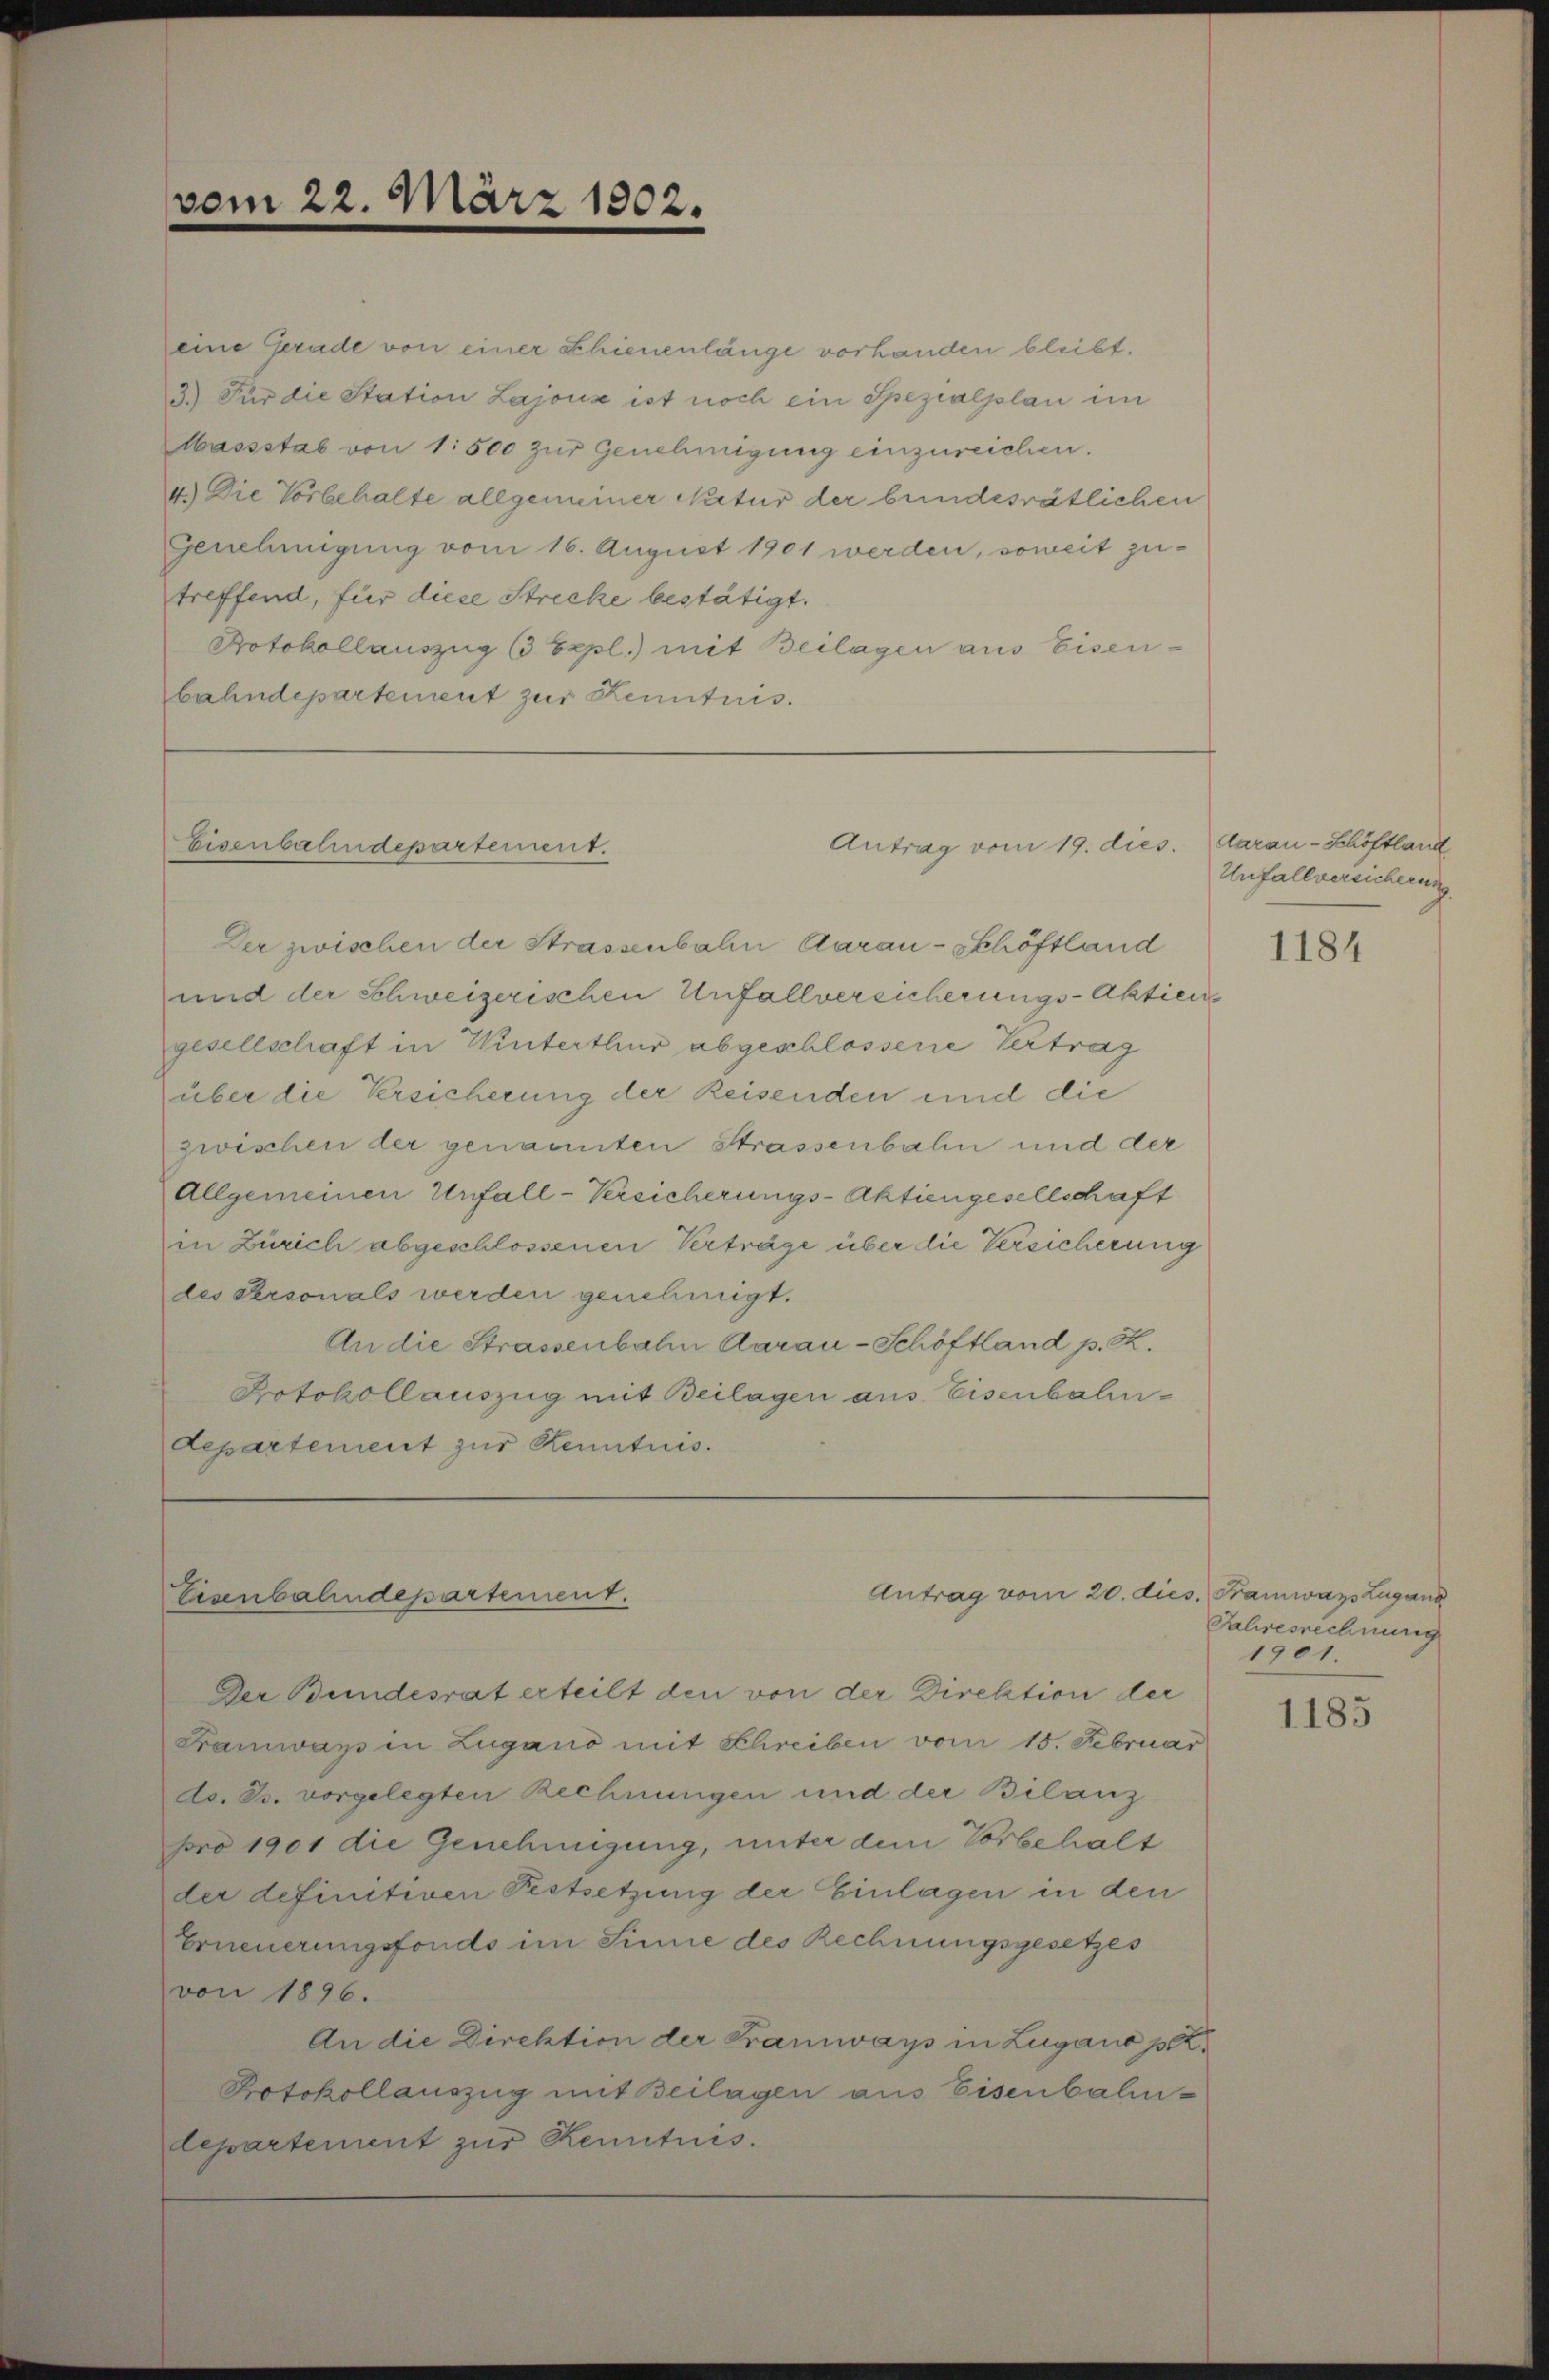
vom 22. März 1802.

eine Gerade von einer Schienenlänge vorhanden bleibt.
3.) Für die Station Lajouse ist noch ein Spezialplan im
Massstab von 1500 zur Genehmigung einzureichen.
4.) Die Vorbehalte allgemeiner Natur der bundesrätlichen
Genehmigung vom 16. August 1901 werden, soweit zutreffend, für diese Strecke bestätigt.
Protokollauszug (3 Expl.) mit Beilagen aus Eisenbahndepartement zur Kenntnis.

Eisenbahndepartement.

Der zwischen der Strassenbahn Aarau-Schöftland
und der Schweizerischen Unfallversicherungs-Aktien
gesellschaft in Winterthur abgeschlossene Vertrag
über die Versicherung der Reisenden und die
zwischen der genannten Strassenbahn und der
Allgemeinen Unfall-Versicherungs-Aktiengesellschaft
in Zürich abgeschlossenen Verträge über die Versicherung
des Personals werden genehmigt.
An die Strassenbahn Aarau - Schöftland p. K.
Protokollauszug mit Beilagen aus Eisenbahn-
Departement zur Kenntnis.

Antrag vom 19. dies

Antrag vom 20. dies Framwazs Lugand
Eisenbahndepartement.

Der Bundesrat erteilt den von der Direktion der
Framways in Zugano mit Schreiben vom 15. Februar
dd. Js. vorgelegten Rechnungen und der Bilanz
pro 1901 die Genehmigung, unter dem Vorbehalt
der definitiven Festsetzung der Einlagen in den
Erneuerungsfonds im Sinne des Rechnungsgesetzes
von 1896.
An die Direktion der Tramways in Lugano pe
Potokollauszug mit Beilagen aus Eisenbahnlepartement zur Kenntnis.

darau - Schöftland
Unfallversicherung

1184

Jahresrechnung
1901.

1185